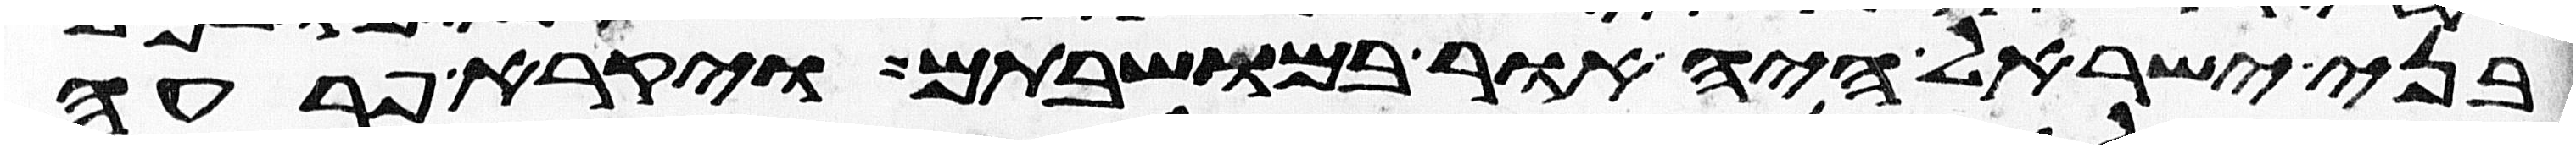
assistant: בני ישראל היה אור במושבתם ויקרא פרעה